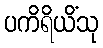
ပကိရိယိံသု